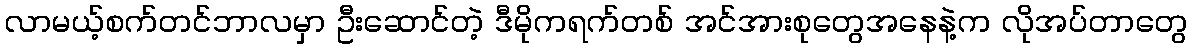
လာမယ့်စက်တင်ဘာလမှာ ဦးဆောင်တဲ့ ဒီမိုကရက်တစ် အင်အားစုတွေအနေနဲ့က လိုအပ်တာတွေ